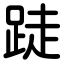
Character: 跿